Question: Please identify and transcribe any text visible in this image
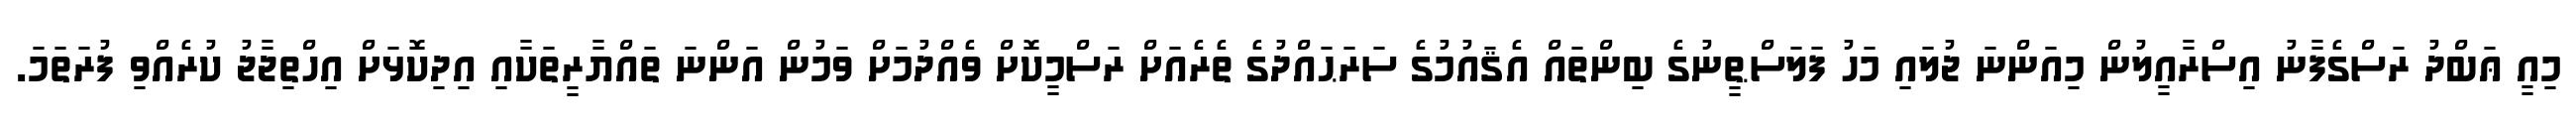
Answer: މިއީ ޢަބްދު ރަސްގެފާނު އިސްރާއީލުން މިއަންނަ ޖުލައި މަހު ފަލަސްޠީނުގެ ބިންތައް އެޤައުމުގެ ސަރަޙައްދުގެ ތެރެއަށް ރަސްމީކޮށް ވެއްދުމަށް ވަމުން އަންނަ ތައްޔާރީތަކާއި އިދިކޮޅަށް އިހްތިޖާޖު ކުރެއްވި ފުރަތަމަ.